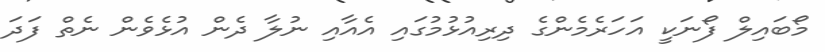
މޯބައިލް ފޯނަކީ އަހަރެމެންގެ ދިރިއުޅުމުގައި އެއާއި ނުލާ ދެން އުޅެވެން ނެތް ފަދަ